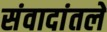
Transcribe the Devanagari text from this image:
संवादांतले